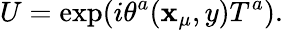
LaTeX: U=\exp(i\theta^{a}(\mathbf{x}_{\mu},y)T^{a}).